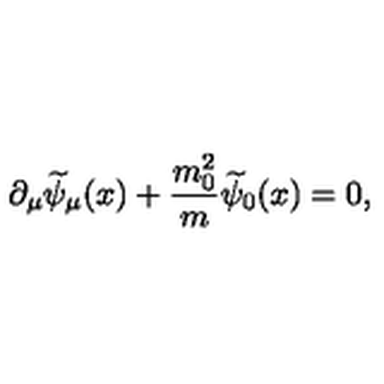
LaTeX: \partial _ { \mu } \widetilde { \psi } _ { \mu } ( x ) + \frac { m _ { 0 } ^ { 2 } } { m } \widetilde { \psi } _ { 0 } ( x ) = 0 ,